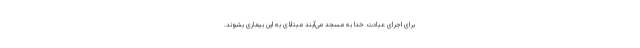
برای اجرای عبادت خدا به مسجد می‌آیند مبتلای به این بیماری بشوند.